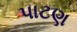
પાટણ